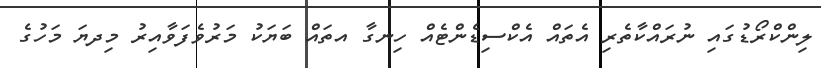
ލިންކްރޯޑުގައި ނުރައްކާތެރި އެތައް އެކްސިޑެންޓެއް ހިނގާ އތައް ބަޔަކު މަރުވެފަވާއިރު މިިދޔަ މަހުގެ